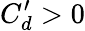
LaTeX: C_{d}^{\prime}>0